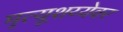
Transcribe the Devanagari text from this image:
मृत्यूशय्येवर